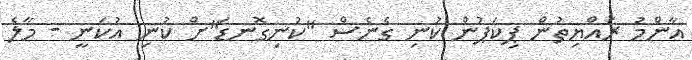
އާންމު ރައްޔިތުން ޕިކަޕުން ކުނި ގެނެސް "ކުނިގޮނޑަ"ށް ކުނި އުކަނީ - މާލެ